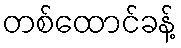
တစ်ထောင်ခန့်